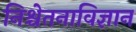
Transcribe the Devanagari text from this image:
निश्चेतनाविज्ञान